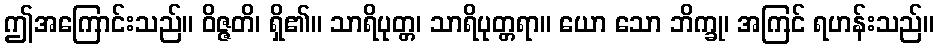
ဤအကြောင်းသည်။ ဝိဇ္ဇတိ၊ ရှိ၏။ သာရိပုတ္တ၊ သာရိပုတ္တရာ။ ယော သော ဘိက္ခု၊ အကြင် ရဟန်းသည်။